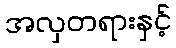
အလှတရားနှင့်